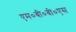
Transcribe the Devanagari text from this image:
एम०बी०बी०एस